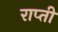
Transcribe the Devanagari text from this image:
राप्‍ती